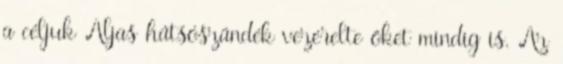
a céljuk Aljas hátsószándék vezérelte őket mindig is. Az